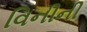
વિનીની